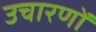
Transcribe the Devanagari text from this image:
उचारणों